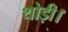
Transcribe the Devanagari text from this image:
थोड़ी।